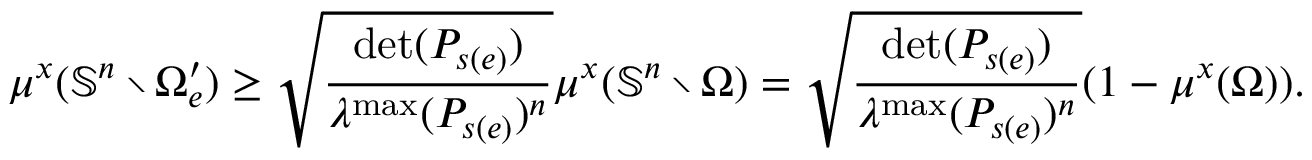
\mu ^ { x } ( \mathbb { S } ^ { n } \setminus \Omega _ { e } ^ { \prime } ) \geq \sqrt { \frac { \operatorname* { d e t } ( P _ { s ( e ) } ) } { \lambda ^ { \operatorname* { m a x } } ( P _ { s ( e ) } ) ^ { n } } } \mu ^ { x } ( \mathbb { S } ^ { n } \setminus \Omega ) = \sqrt { \frac { \operatorname* { d e t } ( P _ { s ( e ) } ) } { \lambda ^ { \operatorname* { m a x } } ( P _ { s ( e ) } ) ^ { n } } } ( 1 - \mu ^ { x } ( \Omega ) ) .